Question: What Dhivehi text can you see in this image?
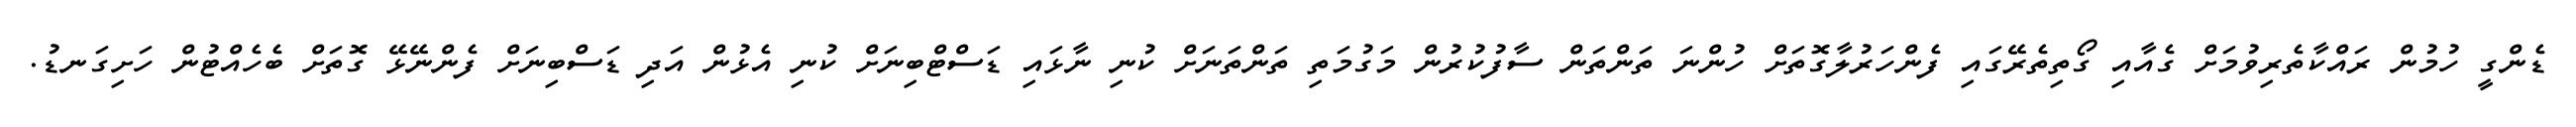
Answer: ޑެންގީ ހުމުން ރައްކާތެރިވުމަށް ގެއާއި ގޯތިތެރޭގައި ފެންހަރުލާގޮތަށް ހުންނަ ތަންތަން ސާފުކުރުން މަގުމަތި ތަންތަނަށް ކުނި ނާޅައި ޑަސްޓްބިނަށް ކުނި އެޅުން އަދި ޑަސްބިނަށް ފެންނޭޅޭ ގޮތަށް ބެހެއްޓުން ހަށިގަނޑު.